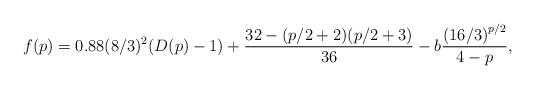
LaTeX: \begin{align*}f(p) = 0.88(8/3)^2(D(p)-1) + \frac{32-(p/2+2)(p/2+3)}{36} - b\frac{\left(16/3\right)^{p/2}}{4-p},\end{align*}